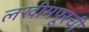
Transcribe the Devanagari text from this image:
लखीमपूरची